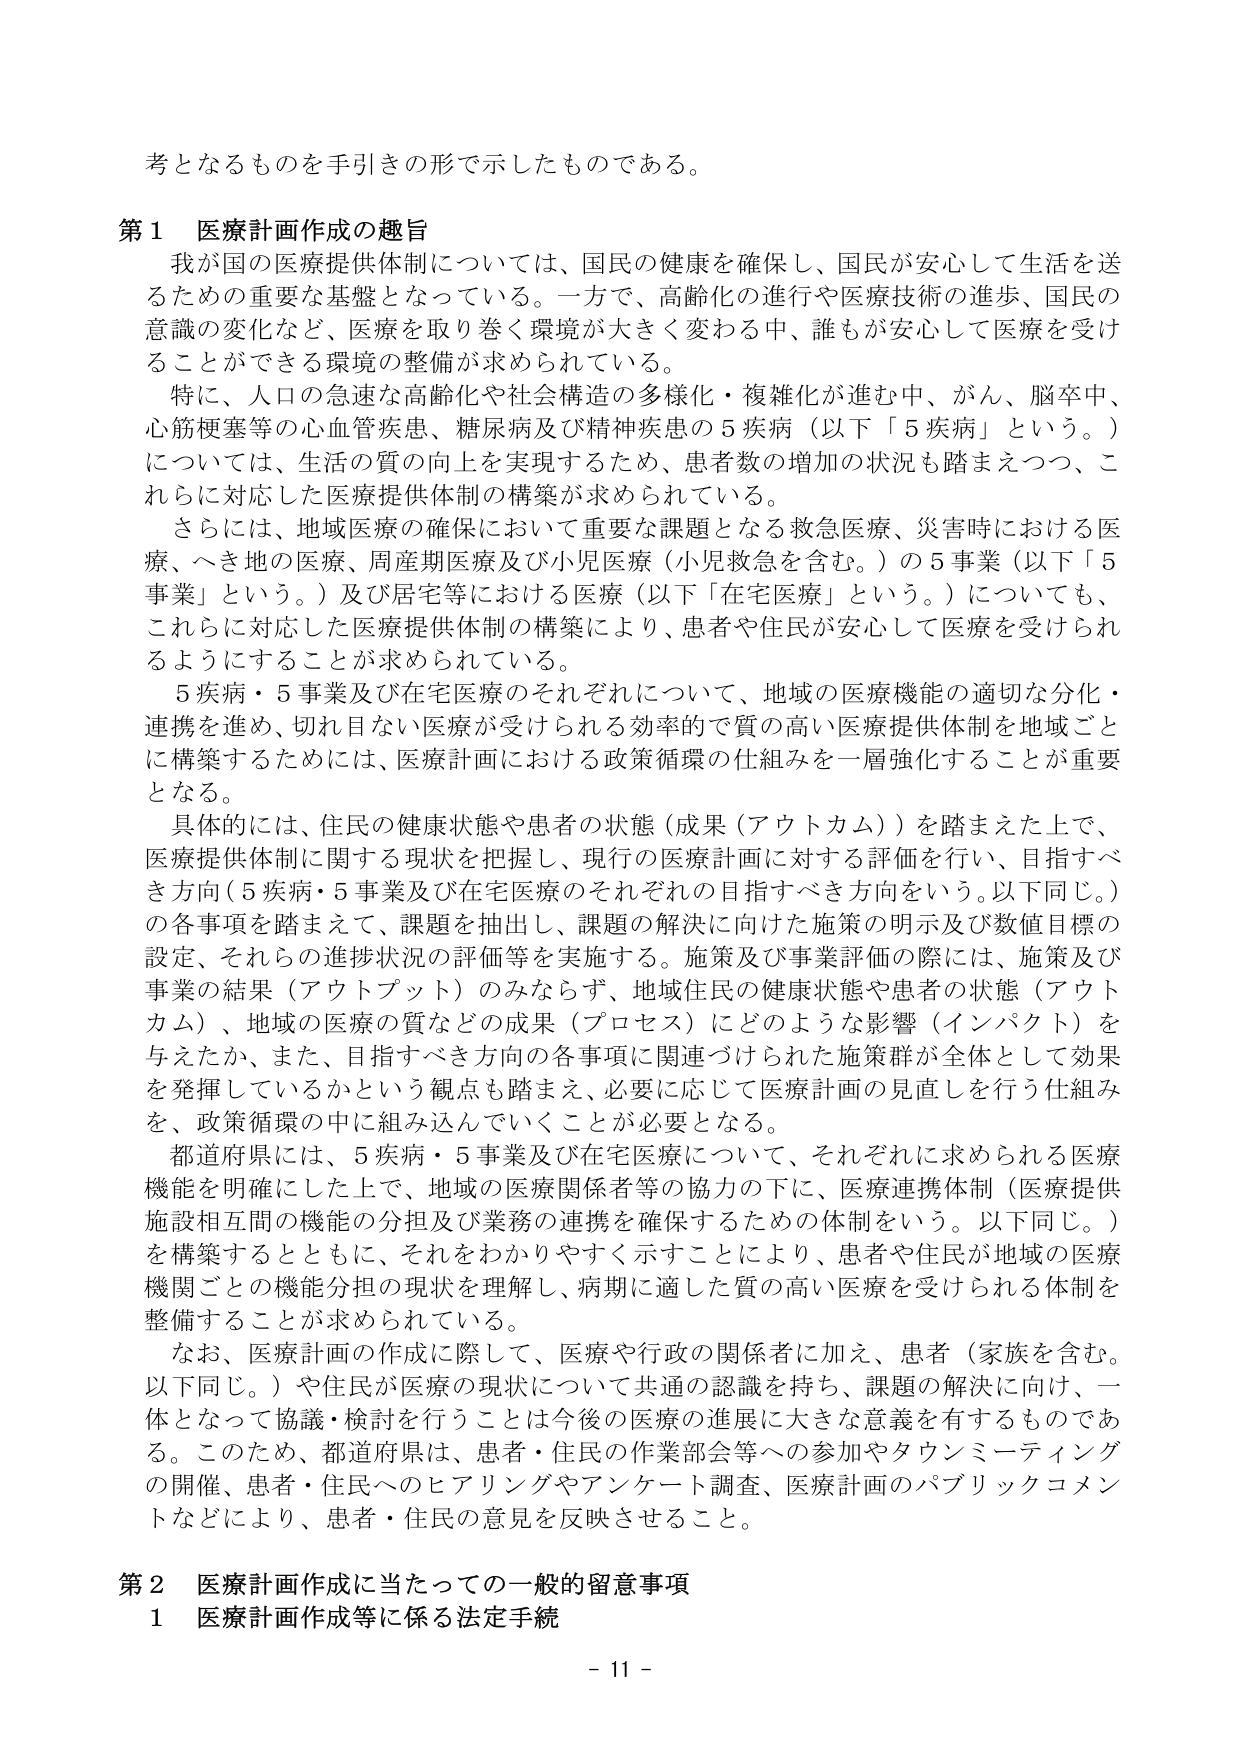
考となるものを手引きの形で示したものである。

第１ 医療計画作成の趣旨
我が国の医療提供体制については、国民の健康を確保し、国民が安心して生活を送るための重要な基盤となっている。一方で、高齢化の進行や医療技術の進歩、国民の意識の変化など、医療を取り巻く環境が大きく変わる中、誰もが安心して医療を受けることができる環境の整備が求められている。
特に、人口の急速な高齢化や社会構造の多様化・複雑化が進む中、がん、脳卒中、心筋梗塞等の心血管疾患、糖尿病及び精神疾患の５疾病（以下「５疾病」という。）については、生活の質の向上を実現するため、患者数の増加の状況も踏まえつつ、これらに対応した医療提供体制の構築が求められている。
さらには、地域医療の確保において重要な課題となる救急医療、災害時における医療、へき地の医療、周産期医療及び小児医療（小児救急を含む。）の５事業（以下「５事業」という。）及び居宅等における医療（以下「在宅医療」という。）についても、これらに対応した医療提供体制の構築により、患者や住民が安心して医療を受けられるようにすることが求められている。
５疾病・５事業及び在宅医療のそれぞれについて、地域の医療機能の適切な分化・連携を進め、切れ目ない医療が受けられる効率的で質の高い医療提供体制を地域ごとに構築するためには、医療計画における政策循環の仕組みを一層強化することが重要となる。
具体的には、住民の健康状態や患者の状態（成果（アウトカム））を踏まえた上で、医療提供体制に関する現状を把握し、現行の医療計画に対する評価を行い、目指すべき方向（５疾病・５事業及び在宅医療のそれぞれの目指すべき方向をいう。以下同じ。）の各事項を踏まえて、課題を抽出し、課題の解決に向けた施策の明示及び数値目標の設定、それらの進捗状況の評価等を実施する。施策及び事業評価の際には、施策及び事業の結果（アウトプット）のみならず、地域住民の健康状態や患者の状態（アウトカム）、地域の医療の質などの成果（プロセス）にどのような影響（インパクト）を与えたか、また、目指すべき方向の各事項に関連づけられた施策群が全体として効果を発揮しているかという観点も踏まえ、必要に応じて医療計画の見直しを行う仕組みを、政策循環の中に組み込んでいくことが必要となる。
都道府県には、５疾病・５事業及び在宅医療について、それぞれに求められる医療機能を明確にした上で、地域の医療関係者等の協力の下に、医療連携体制（医療提供施設相互間の機能の分担及び業務の連携を確保するための体制をいう。以下同じ。）を構築するとともに、それをわかりやすく示すことにより、患者や住民が地域の医療機関ごとの機能分担の現状を理解し、病期に適した質の高い医療を受けられる体制を整備することが求められている。
なお、医療計画の作成に際して、医療や行政の関係者に加え、患者（家族を含む。以下同じ。）や住民が医療の現状について共通の認識を持ち、課題の解決に向け、一体となって協議・検討を行うことは今後の医療の進展に大きな意義を有するものである。このため、都道府県は、患者・住民の作業部会等への参加やタウンミーティングの開催、患者・住民へのヒアリングやアンケート調査、医療計画のパブリックコメントなどにより、患者・住民の意見を反映させること。

第２ 医療計画作成に当たっての一般的留意事項
１ 医療計画作成等に係る法定手続

- 11 -